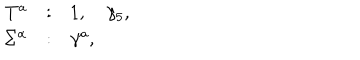
LaTeX: \begin{array} { r c l } { { T ^ { a } } } & { { : } } & { { 1 , \quad \gamma _ { 5 } , } } \\ { { \Sigma ^ { \alpha } } } & { { : } } & { { \gamma ^ { a } , } } \\ \end{array}